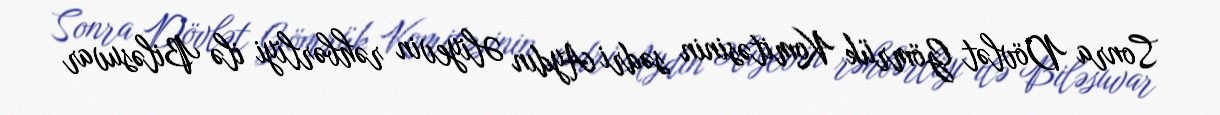
Sonra Dövlət Gömrük Komitəsinin sədri Aydın Əliyevin rəhbərliyi ilə Biləsuvar